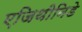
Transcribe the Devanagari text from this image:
एजिथीनिडे